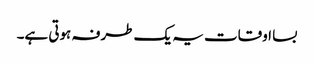
بسا اوقات یہ یک طرفہ ہوتی ہے۔